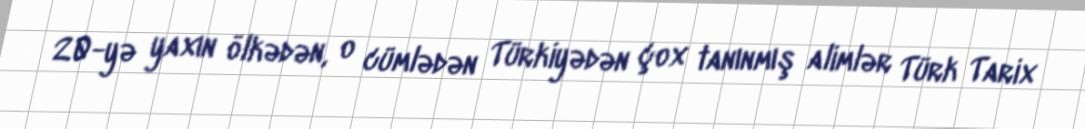
20-yə yaxın ölkədən, o cümlədən Türkiyədən çox tanınmış alimlər Türk Tarix